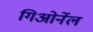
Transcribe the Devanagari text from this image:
गिओर्नेल